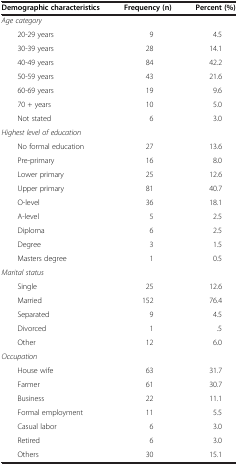
| Demographic characteristics | Frequency (n) | Percent (%) |
 | --- | --- | --- |
 | Age category |  |  |
 | 20-29 years | 9 | 4.5 |
 | 30-39 years | 28 | 14.1 |
 | 40-49 years | 84 | 42.2 |
 | 50-59 years | 43 | 21.6 |
 | 60-69 years | 19 | 9.6 |
 | 70 + years | 10 | 5.0 |
 | Not stated | 6 | 3.0 |
 | Highest level of education |  |  |
 | No formal education | 27 | 13.6 |
 | Pre-primary | 16 | 8.0 |
 | Lower primary | 25 | 12.6 |
 | Upper primary | 81 | 40.7 |
 | O-level | 36 | 18.1 |
 | A-level | 5 | 2.5 |
 | Diploma | 6 | 2.5 |
 | Degree | 3 | 1.5 |
 | Masters degree | 1 | 0.5 |
 | Marital status |  |  |
 | Single | 25 | 12.6 |
 | Married | 152 | 76.4 |
 | Separated | 9 | 4.5 |
 | Divorced | 1 | .5 |
 | Other | 12 | 6.0 |
 | Occupation |  |  |
 | House wife | 63 | 31.7 |
 | Farmer | 61 | 30.7 |
 | Business | 22 | 11.1 |
 | Formal employment | 11 | 5.5 |
 | Casual labor | 6 | 3.0 |
 | Retired | 6 | 3.0 |
 | Others | 30 | 15.1 |